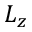
L _ { z }